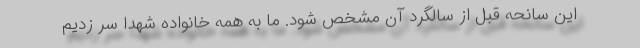
این سانحه قبل از سالگرد آن مشخص شود. ما به همه خانواده شهدا سر زدیم